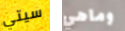
سيتي وماهي